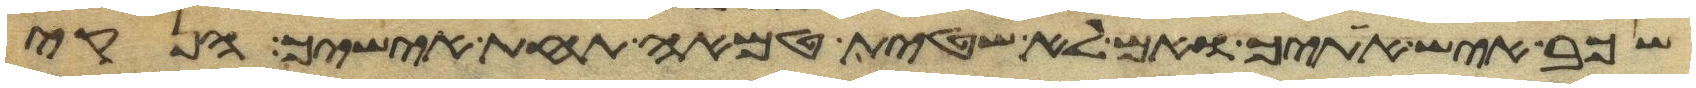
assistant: שכב איש אתיך ואם לא שטית טמאה תחת אישיך הנקי